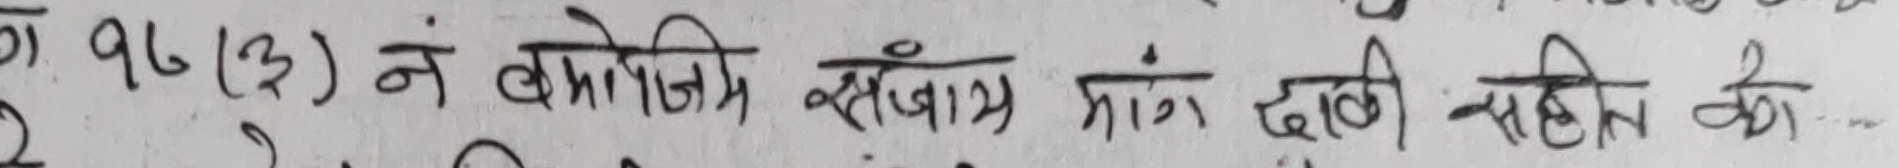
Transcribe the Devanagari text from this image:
का १७ (३) नं बमोजिम संख्यां प्रागं दाबी सहित को.